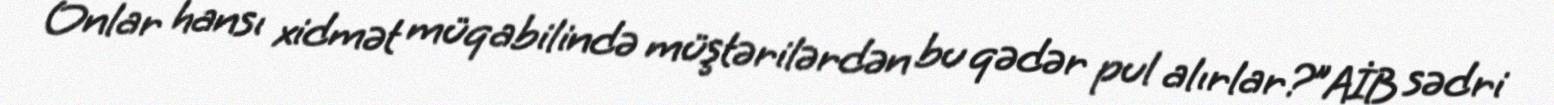
Onlar hansı xidmət müqabilində müştərilərdən bu qədər pul alırlar?”AİB sədri